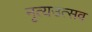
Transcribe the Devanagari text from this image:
नृत्यउत्सव